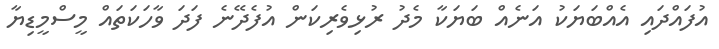
އުފައްދައި އެއްބަޔަކު އަނެއް ބަޔަކާ މެދު ރުޅިވެރިކަން އުފެދޭނެ ފަދަ ވާހަކަތައް މީސްމީޑިޔާ